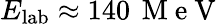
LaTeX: E_{\mathrm{lab}}\approx 140\, \mathrm{~M~e~V~}